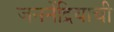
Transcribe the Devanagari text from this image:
जननेंद्रियाची